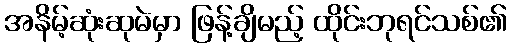
အနိမ့်ဆုံးဆုမဲမှာ ဖြန့်ချိမည့် ထိုင်းဘုရင်သစ်၏